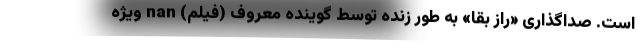
است. صداگذاری «راز بقا» به طور زنده توسط گوینده معروف (فیلم) nan ویژه